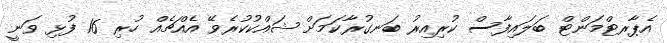
އެޕާރޓްމަންޓް ބަލައިފާސް ކުރިއިރު ބަނގުރާކަމަށް ޝައްކުކުރެވޭ އެއްޗެއް ހުރި 16 ފުޅި ވަނީ